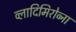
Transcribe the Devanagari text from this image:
व्लादिमिरोव्ना